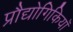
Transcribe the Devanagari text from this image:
प्रौद्योगिकियॉ